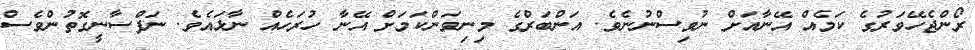
ރޯންޖެހޭވަރުގެ ކަމެއް އޭނާއަށް ނުވިސްނުނެވެ. އަންބަރްގެ މިނިވަންކަމަށް އޭނާ ހުރަހެއް ނާޅައެވެ. ނަފްސާނީގޮތުންވެސް